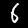
Label: 6